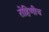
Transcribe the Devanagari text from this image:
रोहिणीच